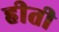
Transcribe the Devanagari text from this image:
हीती